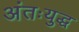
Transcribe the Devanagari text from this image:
अंतःयुद्ध